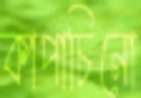
কাপাচিনো